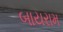
બાયરામ